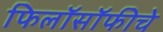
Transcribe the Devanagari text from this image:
फिलॉसॉफीचे